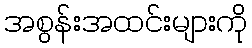
အစွန်းအထင်းများကို